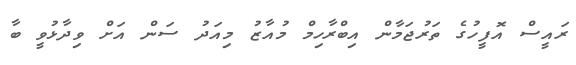
ރައީސް އޮފީހުގެ ތަރުޖަމާން އިބްރާހިމް މުއާޒު މިއަދު ސަން އަށް ވިދާޅުވީ ބާ